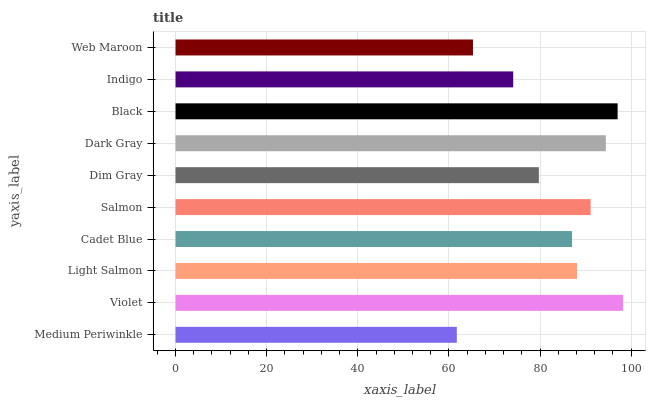
| yaxis_label | bars |
 | --- | --- |
 | Medium Periwinkle | 61.7 |
 | Violet | 98.2 |
 | Light Salmon | 88.1 |
 | Cadet Blue | 87 |
 | Salmon | 91.1 |
 | Dim Gray | 79.7 |
 | Dark Gray | 94.4 |
 | Black | 97 |
 | Indigo | 74.1 |
 | Web Maroon | 65.3 |